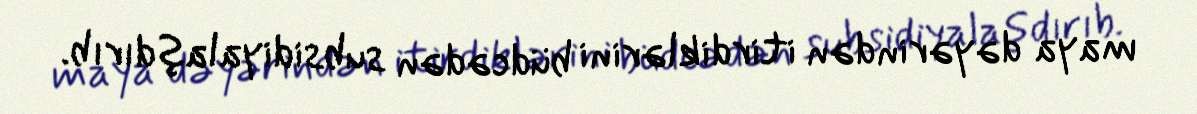
maya dəyərindən itirdiklərini büdcədən subsidiyalaşdırıb.